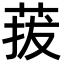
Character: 菝